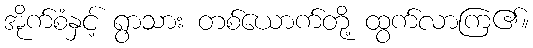
အိုက်စံနှင့် ရွာသား တစ်ယောက်တို့ ထွက်လာကြ၏။